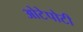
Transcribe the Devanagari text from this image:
ओटेपोटी